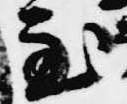
至